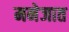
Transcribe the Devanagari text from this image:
मनेजात